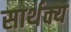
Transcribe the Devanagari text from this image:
सार्थक्य